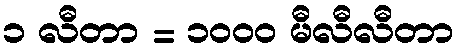
၁ လီတာ = ၁၀၀၀ မီလီလီတာ